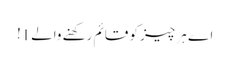
اے ہر چیز کو قائم رکھنے والے1!